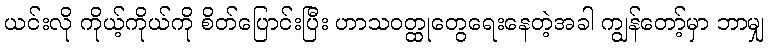
ယင်းလို ကိုယ့်ကိုယ်ကို စိတ်ပြောင်းပြီး ဟာသဝတ္ထုတွေရေးနေတဲ့အခါ ကျွန်တော့်မှာ ဘာမျှ